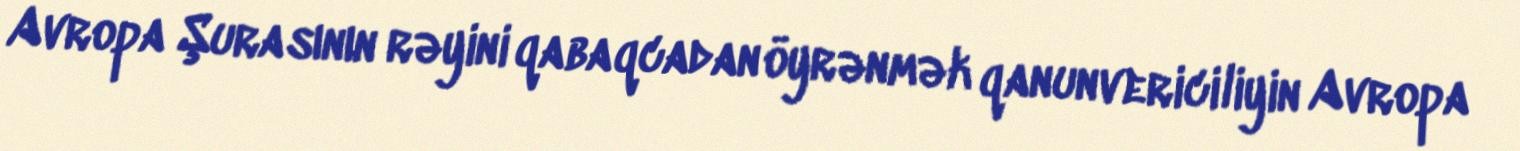
Avropa Şurasının rəyini qabaqcadan öyrənmək qanunvericiliyin Avropa